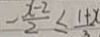
- \frac { x - 2 } { 2 } \leq \frac { 1 + x } { 3 }